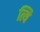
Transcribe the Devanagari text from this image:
त्यि